Report on vaccination in Madras 1877-1894 - 1877-1894
Year: 1877
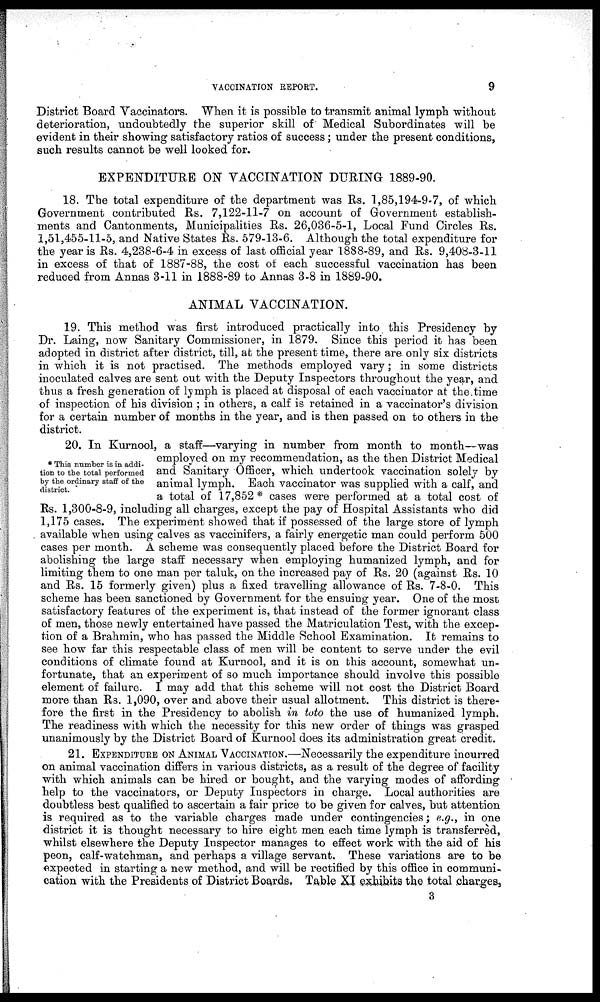
VACCINATION REPORT.
9
District Board Vaccinators. When it is possible to transmit animal lymph without
deterioration, undoubtedly the superior skill of Medical Subordinates will be
evident in their showing satisfactory ratios of success; under the present conditions,
such results cannot be well looked for.
EXPENDITURE ON VACCINATION DURING 1889-90.
18. The total expenditure of the department was Rs. 1,85,194-9-7, of which
Government contributed Rs. 7,122-11-7 on account of Government establish-
ments and Cantonments, Municipalities Rs. 26,036-5-1, Local Fund Circles Rs.
1,51,455-11-5, and Native States Rs. 579-13-6. Although the total expenditure for
the year is Rs. 4,238-6-4 in excess of last official year 1888-89, and Rs. 9,408-3-11
in excess of that of 1887-88, the cost of each successful vaccination has been
reduced from Annas 3-11 in 1888-89 to Annas 3-8 in 1889-90.
ANIMAL VACCINATION.
19. This method was first introduced practically into this Presidency by
Dr. Laing, now Sanitary Commissioner, in 1879. Since this period it has been
adopted in district after district, till, at the present time, there are only six districts
in which it is not practised. The methods employed vary; in some districts
inoculated calves are sent out with the Deputy Inspectors throughout the year, and
thus a fresh generation of lymph is placed at disposal of each vaccinator at the time
of inspection of his division ; in others, a calf is retained in a vaccinator's division
for a certain number of months in the year, and is then passed on to others in the
district.
* This number is in addi-
tion to the total performed
by the ordinary staff of the
district.
20. In Kurnool, a staff—varying in number from month to month—was
employed on my recommendation, as the then District Medical
and Sanitary Officer, which undertook vaccination solely by
animal lymph. Each vaccinator was supplied with a calf, and
a total of 17,852* cases were performed at a total cost of
Rs. 1,300-8-9, including all charges, except the pay of Hospital Assistants who did
1,175 cases. The experiment showed that if possessed of the large store of lymph
available when using calves as vaccinifers, a fairly energetic man could perform 500
cases per month. A scheme was consequently placed before the District Board for
abolishing the large staff necessary when employing humanized lymph, and for
limiting them to one man per taluk, on the increased pay of Rs. 20 (against Rs. 10
and Rs. 15 formerly given) plus a fixed travelling allowance of Rs. 7-8-0. This
scheme has been sanctioned by Government for the ensuing year. One of the most
satisfactory features of the experiment is, that instead of the former ignorant class
of men, those newly entertained have passed the Matriculation Test, with the excep-
tion of a Brahmin, who has passed the Middle School Examination. It remains to
see how far this respectable class of men will be content to serve under the evil
conditions of climate found at Kurnool, and it is on this account, somewhat un-
fortunate, that an experiment of so much importance should involve this possible
element of failure. I may add that this scheme will not cost the District Board
more than Rs. 1,090, over and above their usual allotment. This district is there-
fore the first in the Presidency to abolish in toto the use of humanized lymph.
The readiness with which the necessity for this new order of things was grasped
unanimously by the District Board of Kurnool does its administration great credit.
21. EXPENDITURE ON ANIMAL VACCINATION.—Necessarily the expenditure incurred
on animal vaccination differs in various districts, as a result of the degree of facility
with which animals can be hired or bought, and the varying modes of affording
help to the vaccinators, or Deputy Inspectors in charge. Local authorities are
doubtless best qualified to ascertain a fair price to be given for calves, but attention
is required as to the variable charges made under contingencies; e.g., in one
district it is thought necessary to hire eight men each time lymph is transferred,
whilst elsewhere the Deputy Inspector manages to effect work with the aid of his
peon, calf-watchman, and perhaps a village servant. These variations are to be
expected in starting a new method, and will be rectified by this office in communi-
cation with the Presidents of District Boards. Table XI exhibits the total charges,
3